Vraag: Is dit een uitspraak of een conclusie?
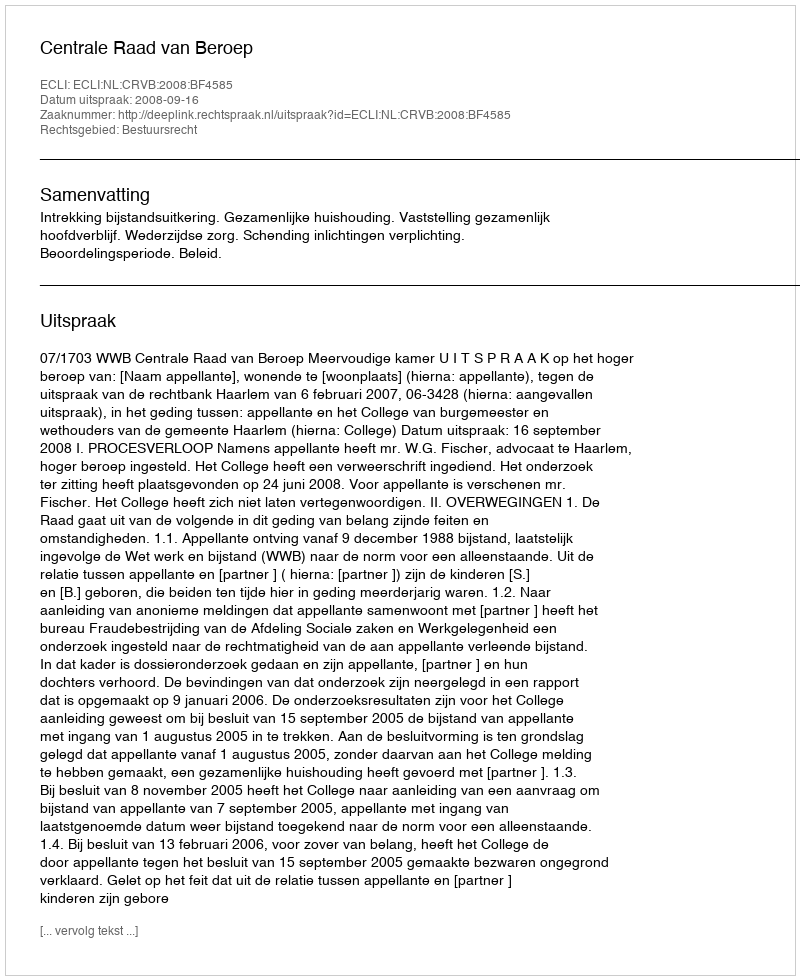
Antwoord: Uitspraak